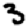
Digit: 3